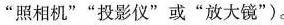
”照相机””投影仪”或”放大镜”)。